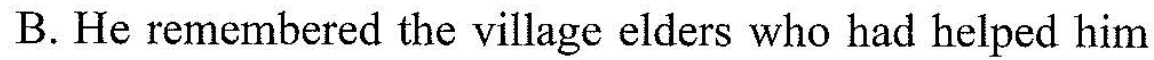
B.He remembered the village elders who had helped him